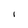
Character: l